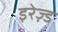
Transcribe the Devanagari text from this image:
इरेज़्ड